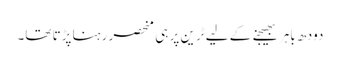
دودھ باہر بھیجنے کے لیے ٹرین پر ہی منحصر رہنا پڑتا تھا۔